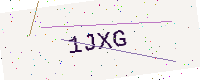
Text: 1JXG